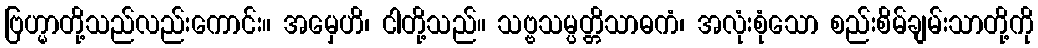
ဗြဟ္မာတို့သည်လည်းကောင်း။ အမှေဟိ၊ ငါတို့သည်။ သဗ္ဗသမ္ပတ္တိသာဓကံ၊ အလုံးစုံသော စည်းစိမ်ချမ်းသာတို့ကို